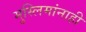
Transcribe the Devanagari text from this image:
मुस्लिमांनाही